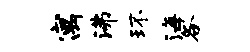
寓沸环海各